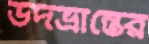
উদভ্রান্তের